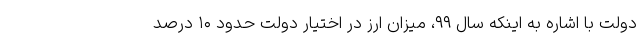
دولت با اشاره به اینکه سال ۹۹، میزان ارز در اختیار دولت حدود ۱۰ درصد